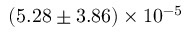
( 5 . 2 8 \pm 3 . 8 6 ) \times 1 0 ^ { - 5 }